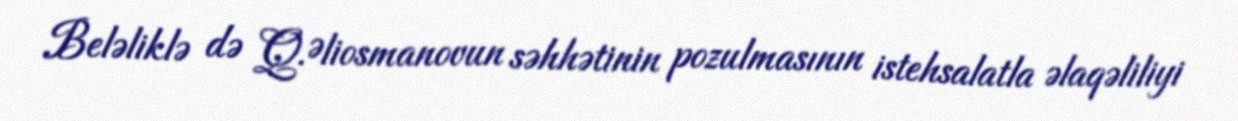
Beləliklə də Q.Əliosmanovun səhhətinin pozulmasının istehsalatla əlaqəliliyi